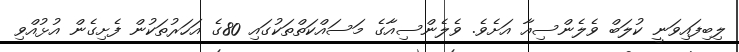
ލިބިފައިވަނީ ކުލަބް ވެލެންސިއާ އަށެވެ. ވެލެންސިއާގެ މަސައްކަތްތަކުގައި 80ގެ އަހަރުތަކުން ފެށިގެން އުޅުއްވި